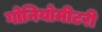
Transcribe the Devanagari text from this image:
गोनियोमीटरी